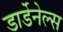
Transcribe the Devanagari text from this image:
डार्डेनेल्स